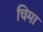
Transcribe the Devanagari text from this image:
चिमा